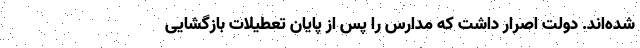
شده‌اند. دولت اصرار داشت که مدارس را پس از پایان تعطیلات بازگشایی